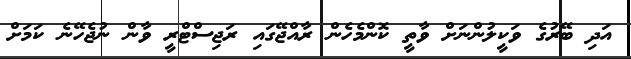
އަދި ބޭރުގެ ވަކީލުންނަށް ވާތީ ކޮންމެހެން ރާއްޖޭގައި ރަޖިސްޓްރީ ވާން ނުޖެހޭނެ ކަމަށް